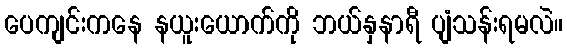
ပေကျင်းကနေ နယူးယောက်ကို ဘယ်နှနာရီ ပျံသန်းရမလဲ။